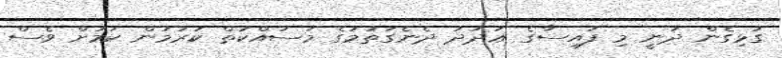
ގުޅިގެން ދަނީ މި ފައިސާގެ ޢަދަދު ދެނެގަތުމުގެ މަސައްކަތް ކުރަމުން ކަމަށް ވެސް